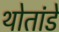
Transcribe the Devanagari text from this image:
थोतांडे